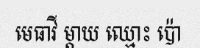
មេធាវី ម្តាយ ឈ្មោះ ប៉ោ